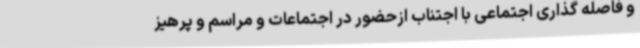
و فاصله گذاری اجتماعی با اجتناب ازحضور در اجتماعات و مراسم و پرهیز